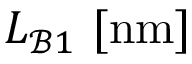
L _ { \mathcal { B } 1 } ~ [ \mathrm { n m } ]